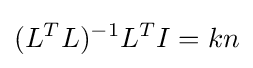
(L^{T}L)^{-1}L^{T}I=kn